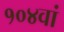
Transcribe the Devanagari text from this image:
१०४वां